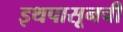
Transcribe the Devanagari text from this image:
इथपासूनची